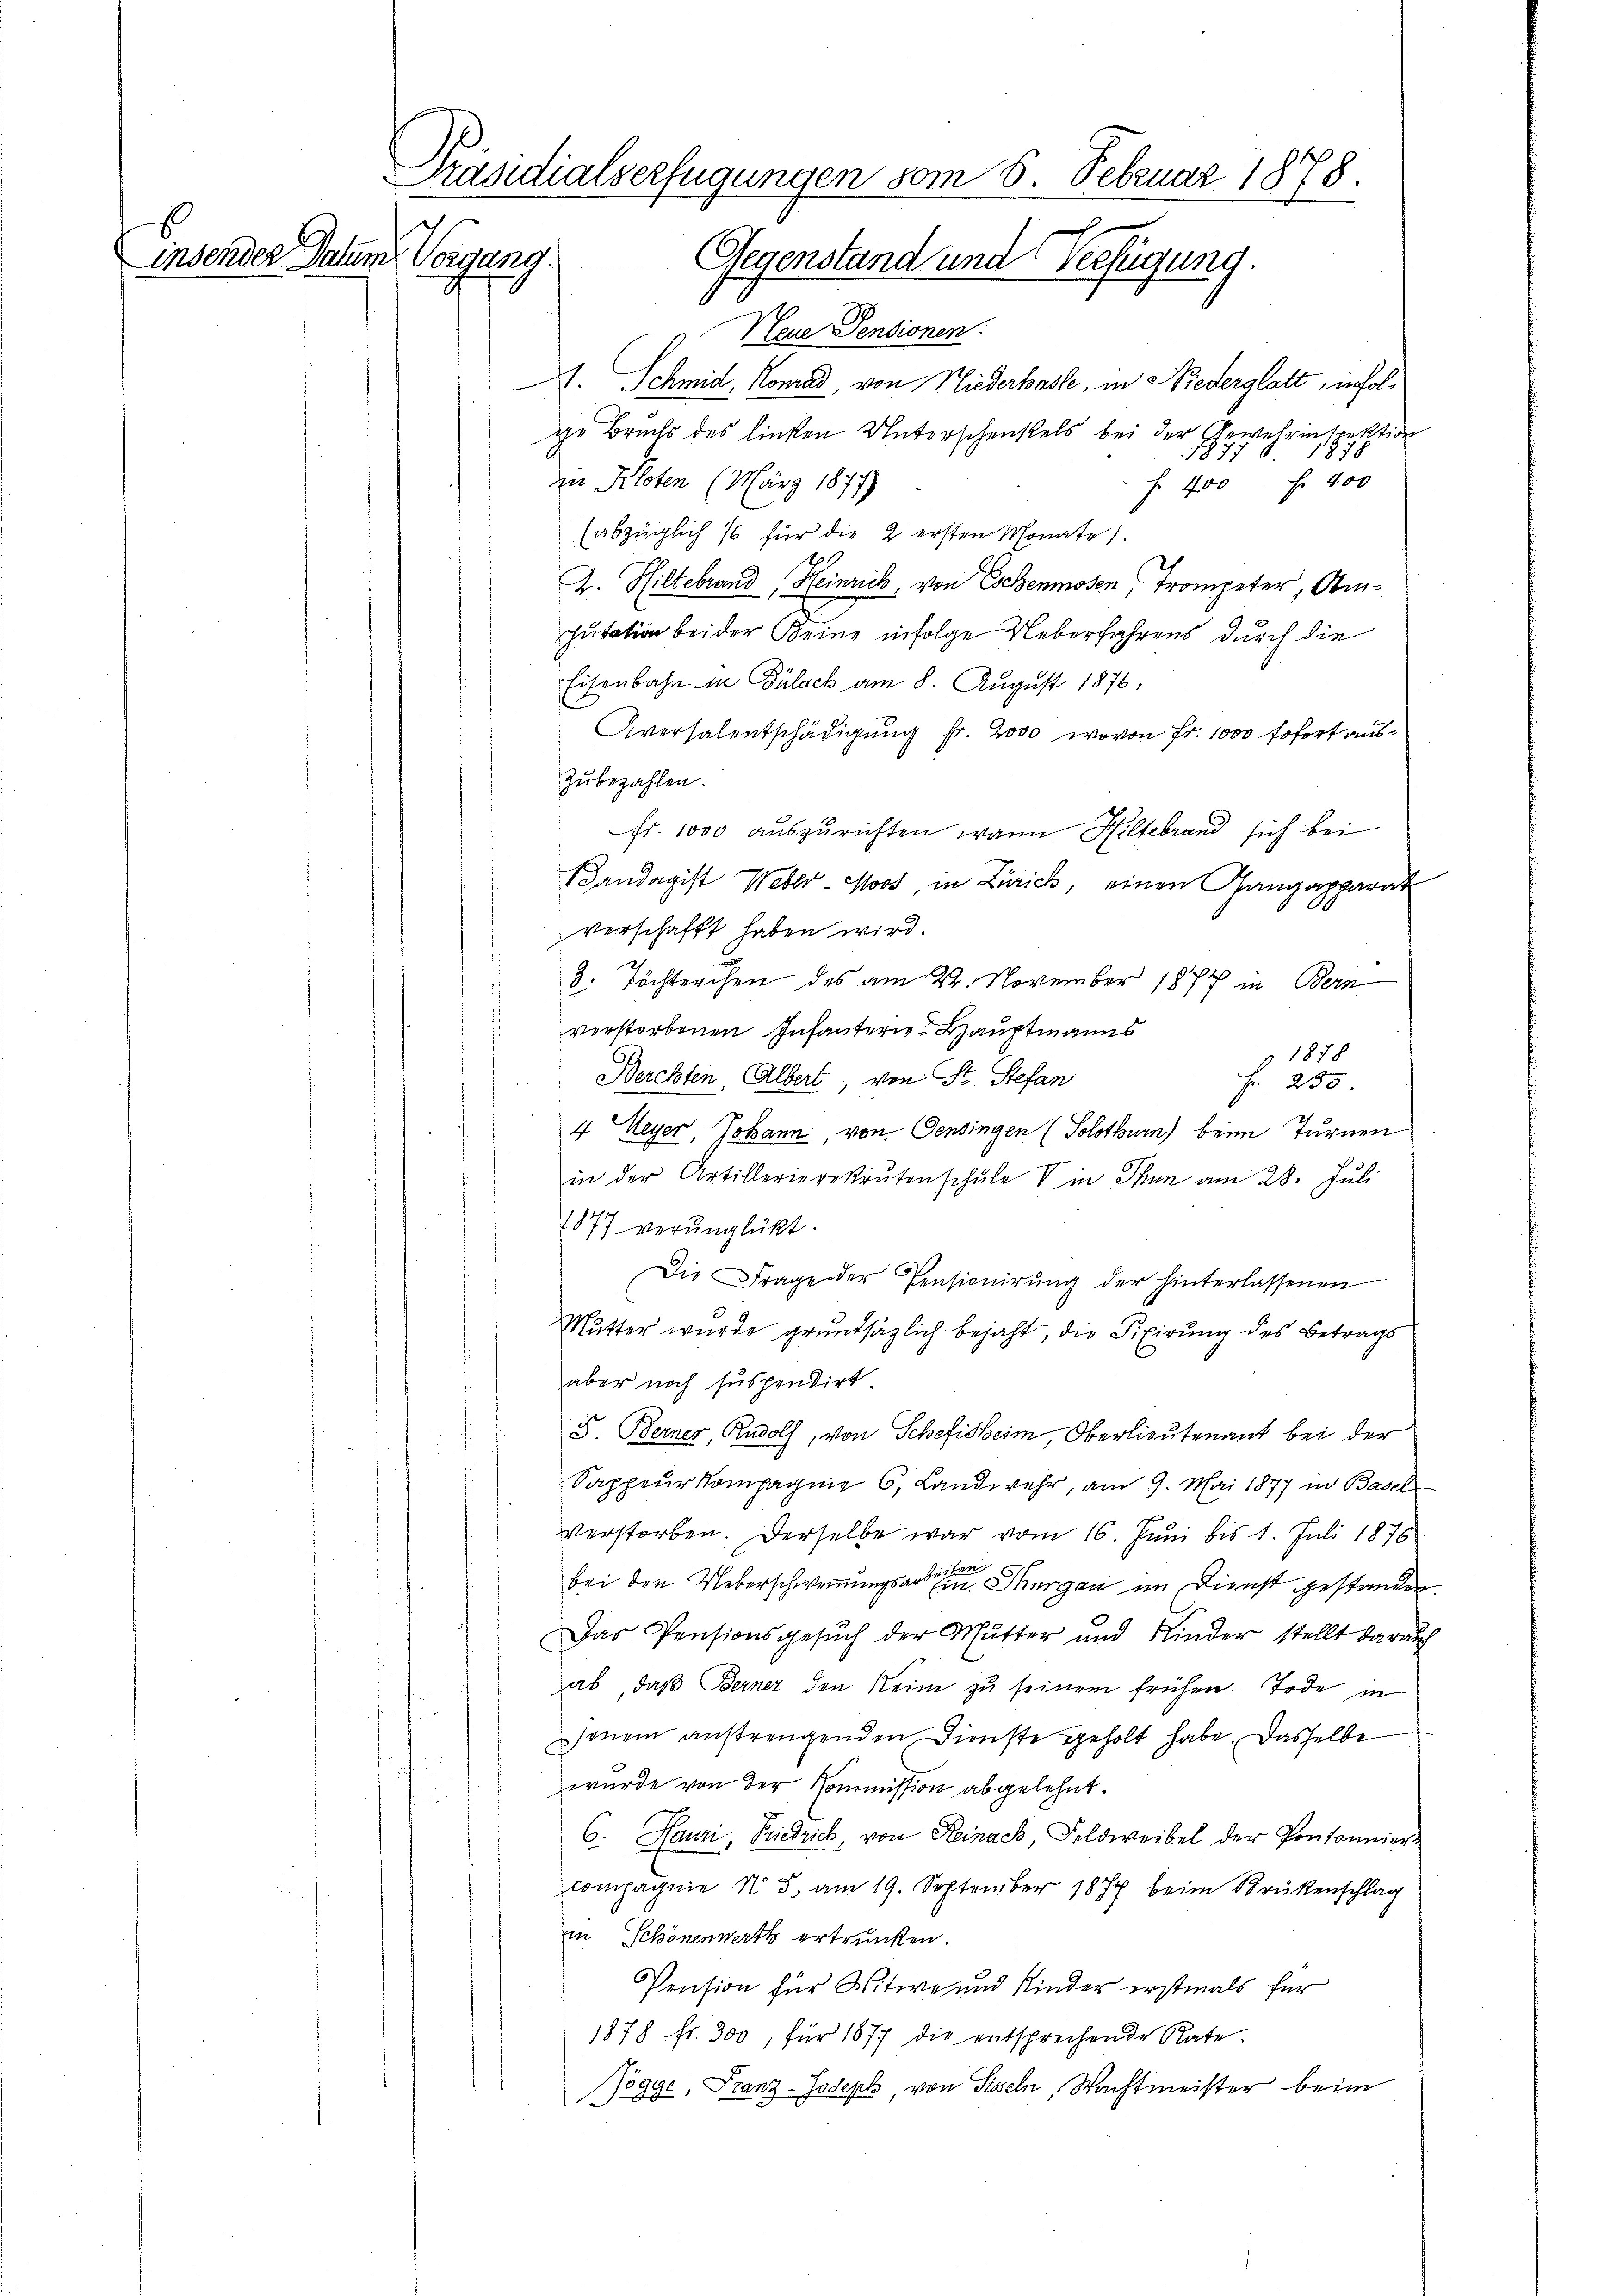
Präsidialverfügungen vom 6. Februar 1878.
insender Datum Vorgang. Gegenstand und Verfügung.

Neue Pensionen.
A. Schmid, Konrad, von Niederhasle, in Niederglatt, infolge Bruchs des linken Unterschenkels bei der Gewehrinspektion
187.
an Kloten (März 1877
 400 Fr. 400
(abzüglich 16 für die 2 ersten Monate).
A. Hiltebrand, Heinrich, von Eschenmosen, Trompeter, Amputation beider Keine infolge Ueberfahrens durch die
Eisenbahn in Bülach am 8. August 1876.
Aversalentschädigŭng fr. 2000, wovon Fr. 1000 sofort auszubezahlen.
Fr. 1000 auszurichten, wann Hiltebrand sich bei
Vandagist Weber-Moos in Zürich, einen Gangapparat
verschafft haben wird.
8. Töchterchen des am 22. November 1874 in Bern
verstorbenen Infantern Hauptmanns
1878
Berchten Albert, von St. Stefan
Fr. 230
4 Meyer, Johann, von Gensingen (Solothurn) beim Turnen
in der Artillerierekrutenschŭle V in Thun am 28. Jŭli
1877 verunglückt.
Die Frage der Pensionirung der hinterlassenen
Mutter wurde grundsätzlich bejaht, die Fixirung des Betrags
aber noch suspendirt
S. Berner, Rudolf, von Schefisheim, Oberlieutenant bei der
Sappeurkompagnie 6, Landwehr, am 9. Mai 1877 in Basel
verstorben. Derselbe war vom 16. Juni bis 1. Juli 1876
1ten
bei den Ueberschwerungsarten Thurgau im Dienst gestanden
Das Pensionsgesŭch der Mutter und Kinder stellt darauf
ab, daβ Berner den Reim zu seinem frühen Tode in
jenem anstrengenden Dienste geholt habe. Dasselbe
wurde von der Kommission abgelehnt.
6. Hauri, Friedrich, von Reinack, Feldweibel der Pontonnier
compagnie N. 5. am 19. September 1877 beim Brükenschlag
in Schönenwerth ertrunken.
Pension für Witwe und Kinder erstmals für
1878 Fr. 300, für 1877 die entsprechende Rate
Pögge, Franz-Joseph, von Siseln, Wachtmeister beim